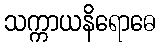
သက္ကာယနိရောဓေ